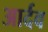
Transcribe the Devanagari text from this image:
आर्दव